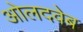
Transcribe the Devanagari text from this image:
ओलदवेब